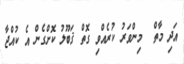
އަދި މާތް  މިންވަރު ކުރެއްވި ގޮތް ޤަބޫލު ކޮށްގެން އެ ކުއްޖާ